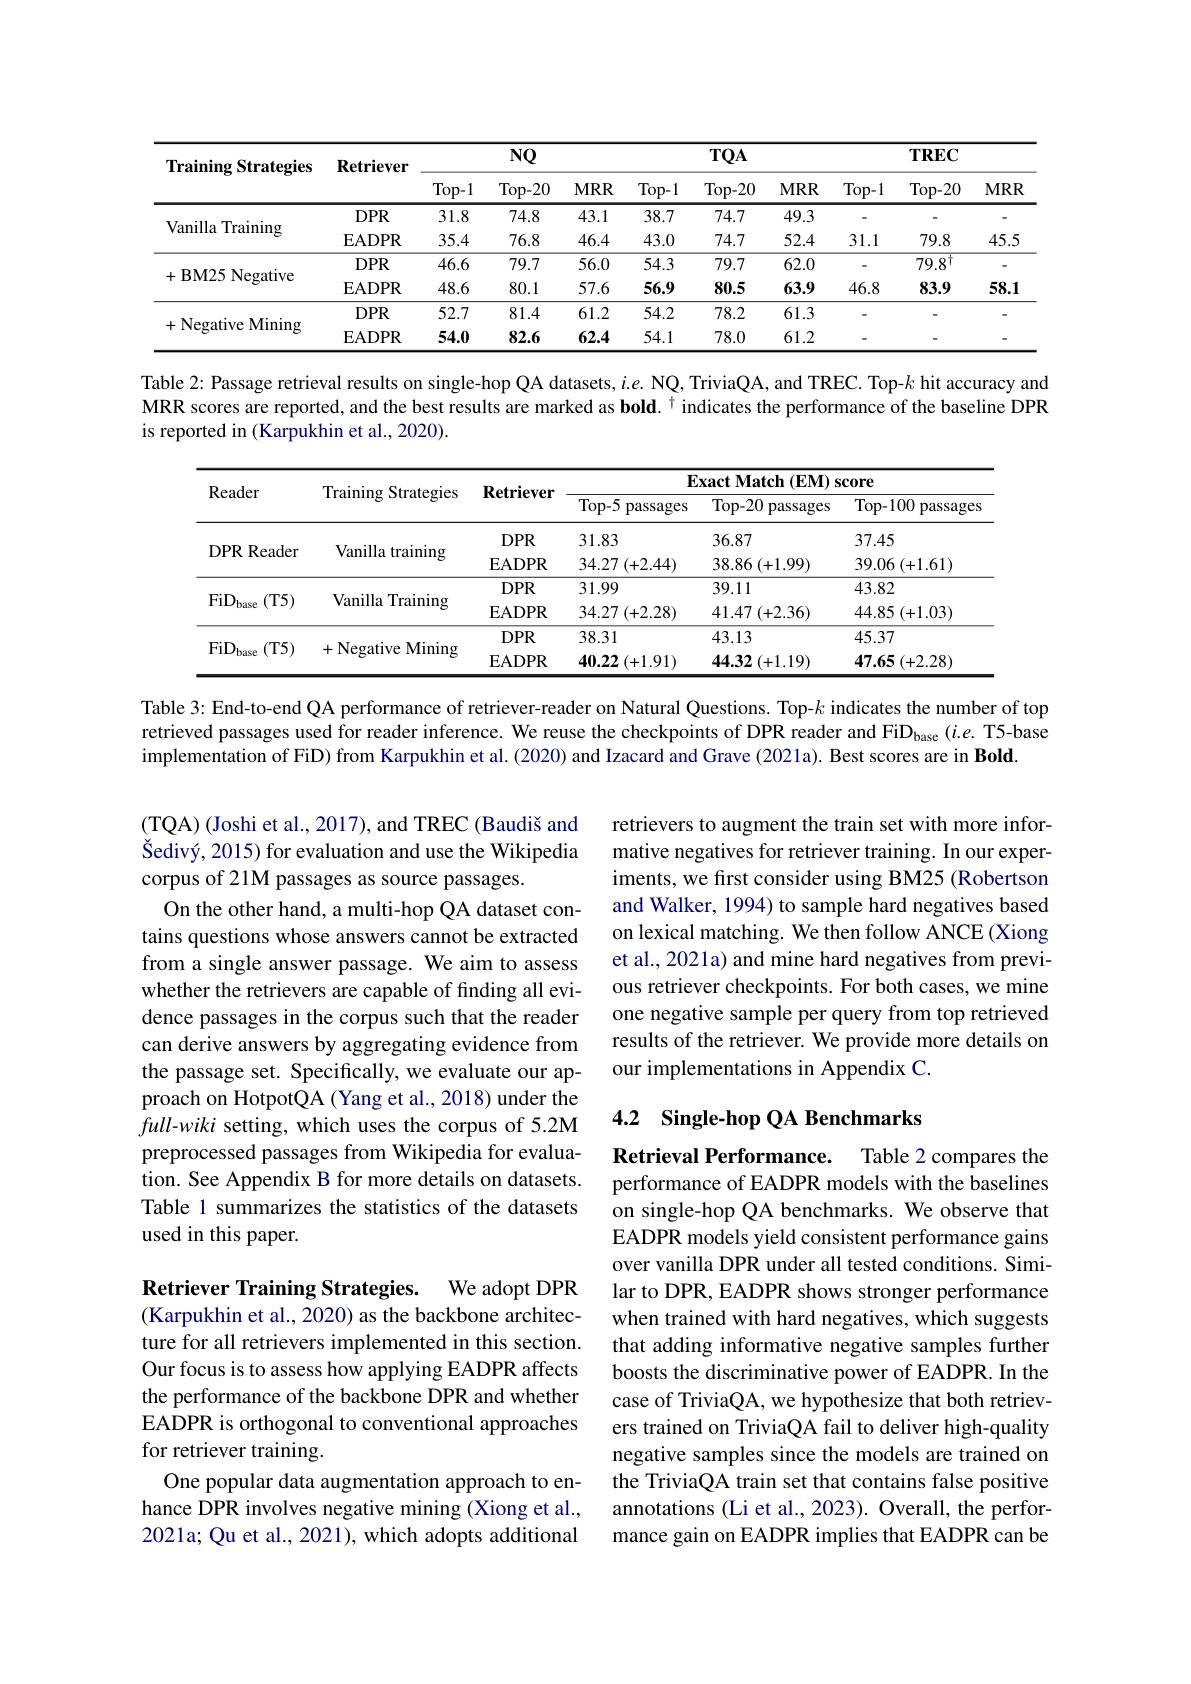
<table>
	<tbody>
		<tr>
			<th rowspan="2">${\mathbf{TrainingStrategies}}$</th>
			<th rowspan="2">$\mathbf{Retriever}$</th>
			<th colspan="3">$NQ$</th>
			<th colspan="3">$TQA$</th>
			<th colspan="3">$\mathbf{TREC}$</th>
		</tr>
		<tr>
			<th>$Top-1$</th>
			<th>Top- 20</th>
			<th>$MRR$</th>
			<th>$Top-1$</th>
			<th>Top- 20</th>
			<th>$MRR$</th>
			<th>$Top-1$</th>
			<th>Top- 20</th>
			<th>$MRR$</th>
		</tr>
		<tr>
			<td rowspan="2">Vanilla Training</td>
			<td>$DPR$</td>
			<td>31.8</td>
			<td>74.8</td>
			<td>43.1</td>
			<td>38.7</td>
			<td>74.7</td>
			<td>49.3</td>
			<td> </td>
			<td> </td>
			<td> </td>
		</tr>
		<tr>
			<td>$\mathbf{EADPR}$</td>
			<td>35.4</td>
			<td>76.8</td>
			<td>46.4</td>
			<td>43.0</td>
			<td>74.7</td>
			<td>52.4</td>
			<td>31.1</td>
			<td>79.8</td>
			<td>45.5</td>
		</tr>
		<tr>
			<td rowspan="2">+BM25 Negative</td>
			<td>$DPR$</td>
			<td>46.6</td>
			<td>79.7</td>
			<td>56.0</td>
			<td>54.3</td>
			<td>79.7</td>
			<td>62.0</td>
			<td> </td>
			<td>$79.8^{\dagger}$</td>
			<td>-</td>
		</tr>
		<tr>
			<td>EADPR</td>
			<td>48.6</td>
			<td>80.1</td>
			<td>57.6</td>
			<td>56.9</td>
			<td>80.5</td>
			<td>63.9</td>
			<td>46.8</td>
			<td>83.9</td>
			<td>58.1</td>
		</tr>
		<tr>
			<td rowspan="2">- Negative Mining 十</td>
			<td>$DPR$</td>
			<td>52.7</td>
			<td>81.4</td>
			<td>61.2</td>
			<td>54.2</td>
			<td>78.2</td>
			<td>61.3</td>
			<td> </td>
			<td> </td>
			<td> </td>
		</tr>
		<tr>
			<td>EADPR</td>
			<td>54.0</td>
			<td>82.6</td>
			<td>62.4</td>
			<td>54.1</td>
			<td>78.0</td>
			<td>61.2</td>
			<td> </td>
			<td> </td>
			<td> </td>
		</tr>
	</tbody>
</table>

Table 2: Passage retrieval results on single-hop QA datasets, $i. e.$ NQ, TriviaQA, and TREC. Top- $k$ hit accuracy and MRR scores are reported, and the best results are marked as bold. $^{\dagger}$indicates the performance of the baseline DPR is reported in $(\tilde{\text{Karpukhin et al.,2020).}}$

<table>
	<tbody>
		<tr>
			<th rowspan="2">Reader</th>
			<th rowspan="2">Training Strategies</th>
			<th rowspan="2">$\mathbf{Retriever}$</th>
			<th colspan="3">Exact Match (EM) score</th>
		</tr>
		<tr>
			<th>$Top-5$ passages</th>
			<th>$\operatorname{Top-20}$ 1 passages</th>
			<th>Top- 100 passages </th>
		</tr>
		<tr>
			<td rowspan="2">DPR Reader</td>
			<td rowspan="2">Vanilla training</td>
			<td>$DPR$</td>
			<td>31.83</td>
			<td>36.87</td>
			<td>37.45</td>
		</tr>
		<tr>
			<td>$\mathbf{EADPR}$</td>
			<td>34.27 7 (+2.44)</td>
			<td>$38.86\left(+1.99\right)$</td>
			<td>$39.06\left(+1.61\right)$</td>
		</tr>
		<tr>
			<td rowspan="2">$\mathrm{FiD}_{\mathrm{base}}$ (T5)</td>
			<td rowspan="2">Vanilla Training</td>
			<td>$DPR$</td>
			<td>31.99</td>
			<td>39.11</td>
			<td>43.82</td>
		</tr>
		<tr>
			<td>$\mathbf{EADPR}$</td>
			<td>$34.27\left(+2.28\right)$</td>
			<td>$41.47\left(+2.36\right)$</td>
			<td>44.85 (+1.03)</td>
		</tr>
		<tr>
			<td rowspan="2">$\mathrm{FiD}_{\mathrm{base}}$ (T5)</td>
			<td rowspan="2">+Negative Mining</td>
			<td>$DPR$</td>
			<td>38.31</td>
			<td>43.13</td>
			<td>45.37</td>
		</tr>
		<tr>
			<td>$\mathbf{EADPR}$</td>
			<td>40.22 $2\left(+1.91\right)$</td>
			<td>$44.32\left(+1.19\right)$</td>
			<td>$47.65\left(+2.28\right)$</td>
		</tr>
	</tbody>
</table>

Table 3: End-to-end QA performance of retriever-reader on Natural Questions. Top-$k$ indicates the number of top retrieved passages used for reader inference. We reuse the checkpoints of DPR reader and FiD$_\mathrm{base}$ ($i.e.$ T5-base implementation of FiD) from Karpukhin et al. (2020) and Izacard and Grave (2021a). Best scores are in Bold

retrievers to augment the train set with more informative negatives for retriever training. In our experiments, we first consider using BM25 (Robertson and Walker, 1994) to sample hard negatives based on lexical matching. We then follow ANCE (Xiong et al., 2021a) and mine hard negatives from previous retriever checkpoints. For both cases, we mine one negative sample per query from top retrieved results of the retriever. We provide more details on our implementations in Appendix C.

(TQA) (Joshi et al., 2017), and TREC (Baudiš and Šedivý, 2015) for evaluation and use the Wikipedia corpus of 21M passages as source passages.
On the other hand, a multi-hop QA dataset contains questions whose answers cannot be extracted from a single answer passage. We aim to assess whether the retrievers are capable of finding all evidence passages in the corpus such that the reader can derive answers by aggregating evidence from the passage set. Specifically, we evaluate our approach on HotpotQA (Yang et al., 2018) under the $full-wiki$ setting, which uses the corpus of 5.2M preprocessed passages from Wikipedia for evaluation. See Appendix B for more details on datasets. Table 1 summarizes the statistics of the datasets used in this paper.

### 4.2 Single-hop QA Benchmarks

Retrieval Performance. Table 2 compares the performance of EADPR models with the baselines on single-hop QA benchmarks. We observe that EADPR models yield consistent performance gains over vanilla DPR under all tested conditions. Similar to DPR, EADPR shows stronger performance when trained with hard negatives, which suggests that adding informative negative samples further boosts the discriminative power of EADPR. In the case of TriviaQA, we hypothesize that both retrievers trained on TriviaQA fail to deliver high-quality negative samples since the models are trained on the TriviaQA train set that contains false positive annotations (Li et al., 2023). Overall, the performance gain on EADPR implies that EADPR can be

Retriever Training Strategies. We adopt DPR (Karpukhin et al., 2020) as the backbone architecture for all retrievers implemented in this section. Our focus is to assess how applying EADPR affects the performance of the backbone DPR and whether EADPR is orthogonal to conventional approaches for retriever training.
One popular data augmentation approach to enhance DPR involves negative mining (Xiong et al., 2021a; Qu et al., 2021), which adopts additional